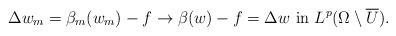
LaTeX: \begin{align*}\Delta w_m = \beta_m (w_m) - f \to \beta (w) - f = \Delta w \textrm{ in } L^p (\Omega \setminus \overline U).\end{align*}